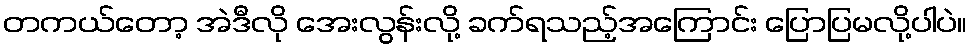
တကယ်တော့ အဲဒီလို အေးလွန်းလို့ ခက်ရသည့်အကြောင်း ပြောပြမလို့ပါပဲ။